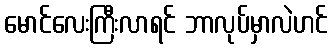
မောင်လေးကြီးလာရင် ဘာလုပ်မှာလဲဟင်